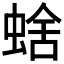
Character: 𧌖